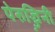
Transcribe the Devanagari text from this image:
पेरुज्ज़िनी